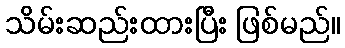
သိမ်းဆည်းထားပြီး ဖြစ်မည်။